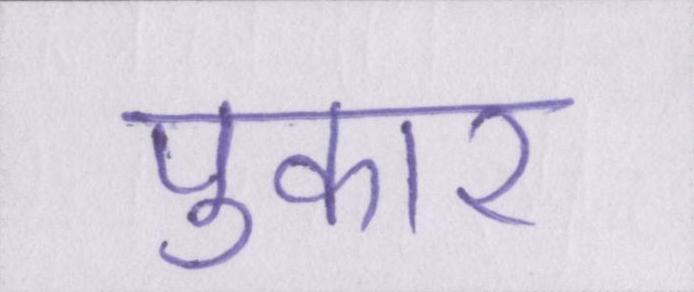
पुकार